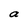
Character: a